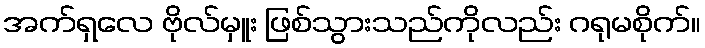
အက်ရှလေ ဗိုလ်မှူး ဖြစ်သွားသည်ကိုလည်း ဂရုမစိုက်။